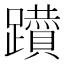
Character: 𨇇